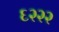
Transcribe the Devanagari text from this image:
६२२२